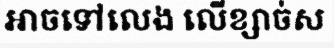
អាចទៅលេង លើខ្សាច់ស